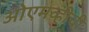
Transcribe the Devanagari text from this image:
ओएमव्हीची